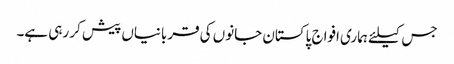
جس کیلئے ہماری افواج پاکستان جانوں کی قربانیاں پیش کر رہی ہے۔